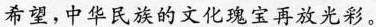
希望，中华民族的文化瑰宝再放光彩。